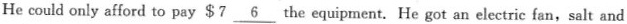
He could only afford to pay $7 \underline{6} the equipment. He got an electric fan, salt and